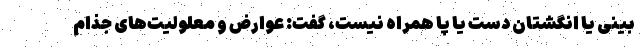
بینی یا انگشتان دست یا پا همراه نیست، گفت: عوارض و معلولیت‌های جذام